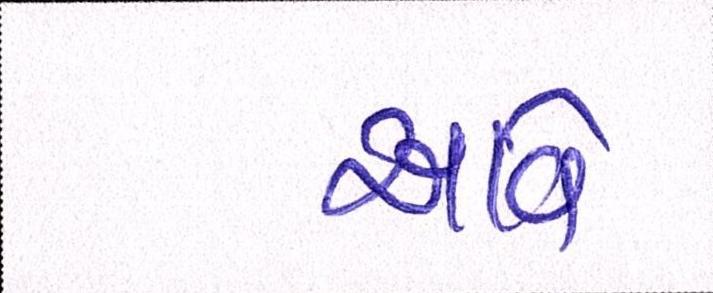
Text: આવેઃ